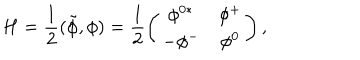
H = \frac { 1 } { 2 } ( \tilde { \phi } , \phi ) = \frac { 1 } { 2 } \left( \begin{array} { c c } { { \phi ^ { 0 * } } } & { { \phi ^ { + } } } \\ { { - \phi ^ { - } } } & { { \phi ^ { 0 } } } \\ \end{array} \right) ,